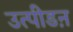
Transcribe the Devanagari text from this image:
उत्पीडऩ